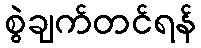
စွဲချက်တင်ရန်